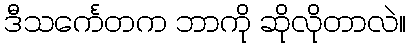
ဒီသင်္ကေတက ဘာကို ဆိုလိုတာလဲ။